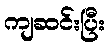
ကျဆင်းပြီး